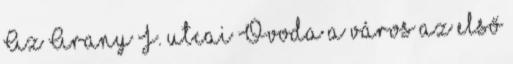
Az Arany J. utcai Óvoda a város az első